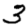
Digit: 3